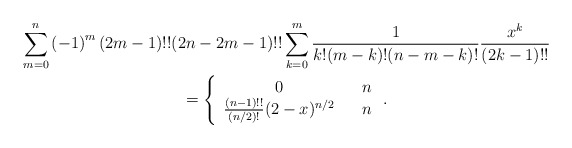
\begin{gather*}\sum_{m=0}^{n}\left( -1\right) ^{m}(2m-1)!!(2n-2m-1)!!\sum_{k=0}^{m}\frac{1}{k!(m-k)!(n-m-k)!}\frac{x^{k}}{(2k-1)!!} \\=\left\{ \begin{array}{ccc}0 & & n \\ \frac{(n-1)!!}{(n/2)!}(2-x)^{n/2} & & n\end{array}\right. .\end{gather*}